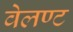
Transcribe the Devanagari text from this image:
वेलण्ट